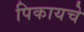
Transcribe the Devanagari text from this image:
पिकायचे